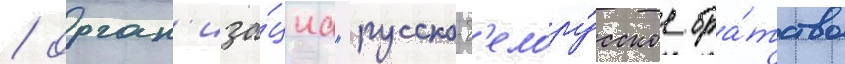
/ орган'иза́циа "русско-б'елору́сское бра́тство